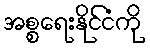
အစ္စရေးနိုင်ငံကို